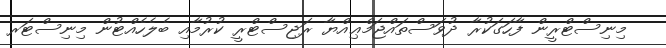
މިނިސްޓްރީން ފާހަގަކުރާ ދުވަސްތައްޖަމްޢިއްޔާ ރަޖިސްޓްރީ ކުރުމާއި ބެލެހެއްޓުން މިނިސްޓަރ